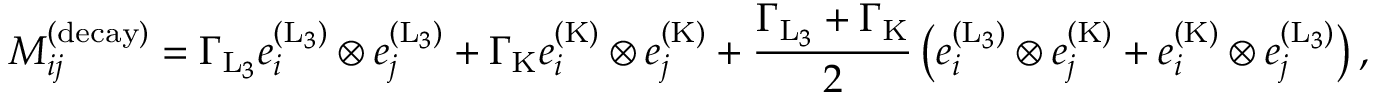
M _ { i j } ^ { ( \mathrm { d e c a y } ) } = \Gamma _ { \mathrm { L } _ { 3 } } e _ { i } ^ { ( \mathrm { L } _ { 3 } ) } \otimes e _ { j } ^ { ( \mathrm { L } _ { 3 } ) } + \Gamma _ { \mathrm { K } } e _ { i } ^ { ( \mathrm { K } ) } \otimes e _ { j } ^ { ( \mathrm { K } ) } + \frac { \Gamma _ { \mathrm { L } _ { 3 } } + \Gamma _ { \mathrm { K } } } { 2 } \left( e _ { i } ^ { ( \mathrm { L } _ { 3 } ) } \otimes e _ { j } ^ { ( \mathrm { K } ) } + e _ { i } ^ { ( \mathrm { K } ) } \otimes e _ { j } ^ { ( \mathrm { L } _ { 3 } ) } \right) ,